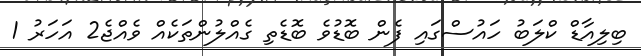
ބިލިއާޑް ކްލަބު ހައުސްގައި ފެން ބޮޑުވެ ބޮޑެތި ގެއްލުންތަކެއް ވެއްޖެ2 އަހަރު 1